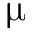
\upmu